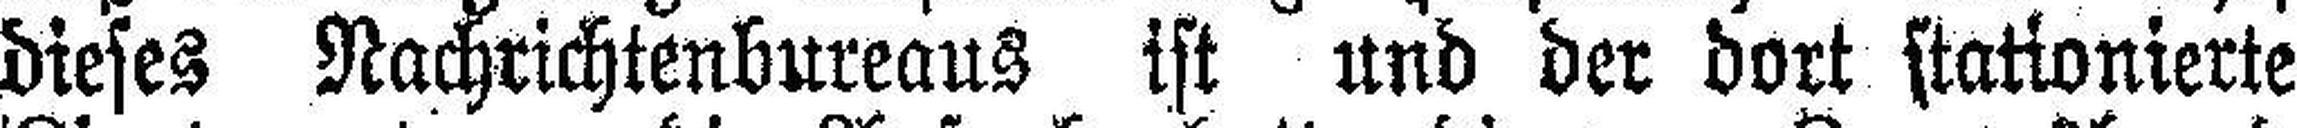
dieses Nachrichtenbureaus ist und der dort stationierte